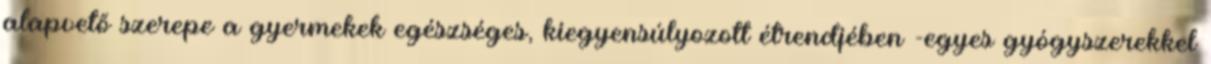
alapvető szerepe a gyermekek egészséges, kiegyensúlyozott étrendjében -egyes gyógyszerekkel